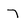
Character: 7